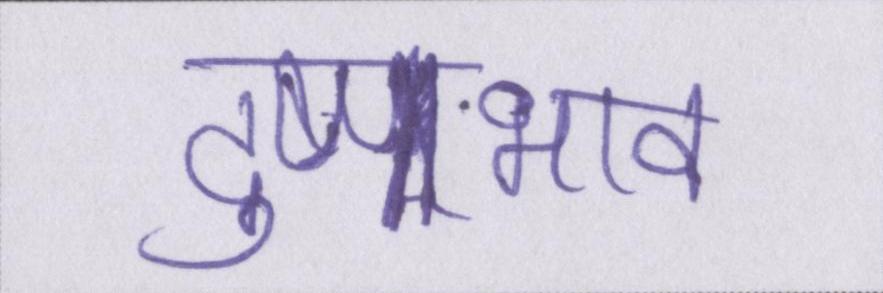
दुष्प्रभाव